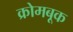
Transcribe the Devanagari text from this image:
क्रोमबूक